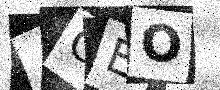
Text: ACEO